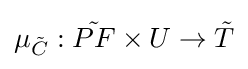
{\textstyle \mu _{\tilde {C}}:{\tilde {PF}}\times U\to {\tilde {T}}}